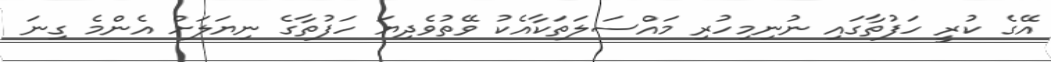
އޭގެ ކުރީ ހަފުތާގައި ނުނިމިހުރި މައްސަލަތަކާއެކު ވޭތުވެދިޔަ ހަފުތާގެ ނިޔަލަށް އެންމެ ގިނަ